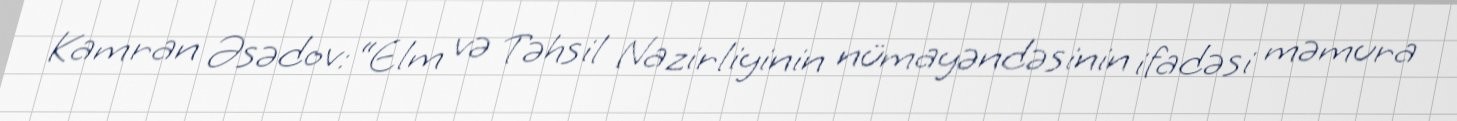
Kamran Əsədov: “Elm və Təhsil Nazirliyinin nümayəndəsinin ifadəsi məmura